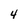
Character: 4